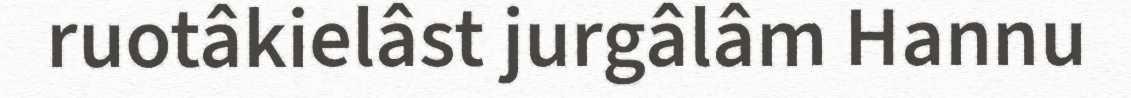
ruotâkielâst jurgâlâm Hannu